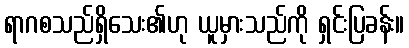
ရာဂစသည်ရှိသေး၏ဟု ယူမှားသည်ကို ရှင်းပြခန်း။